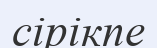
сірікпе